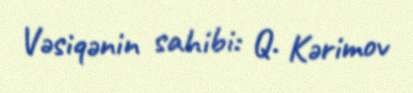
Vəsiqənin sahibi: Q. Kərimov